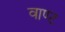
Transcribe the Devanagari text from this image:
वाण्ट